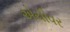
એચીવર